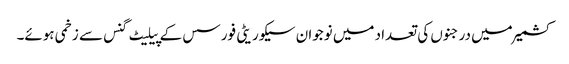
کشمیر میں درجنوں کی تعداد میں نوجوان سیکوریٹی فورسس کے پیلیٹ گنس سے زخمی ہوئے۔